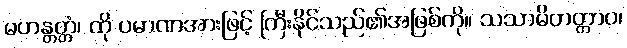
မဟန္တတ္တံ၊ ထို ပမာဏအားဖြင့် ကြီးနိုင်သည်၏အဖြစ်ကို။ သသာမိတတ္တာဝ၊